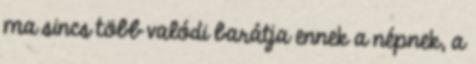
ma sincs több valódi barátja ennek a népnek, a